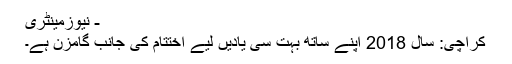
- نیوزمینٹری
کراچی: سال 2018 اپنے ساتھ بہت سی یادیں لیے اختتام کی جانب گامزن ہے۔